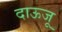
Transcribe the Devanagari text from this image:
दाऊजू